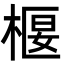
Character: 椻